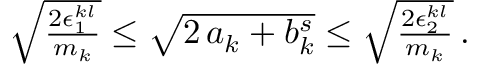
\begin{array} { r } { \sqrt { \frac { 2 \epsilon _ { 1 } ^ { k l } } { m _ { k } } } \le \sqrt { 2 \, a _ { k } + b _ { k } ^ { s } } \le \sqrt { \frac { 2 \epsilon _ { 2 } ^ { k l } } { m _ { k } } } \, . } \end{array}